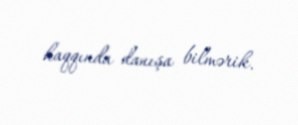
haqqında danışa bilmərik.